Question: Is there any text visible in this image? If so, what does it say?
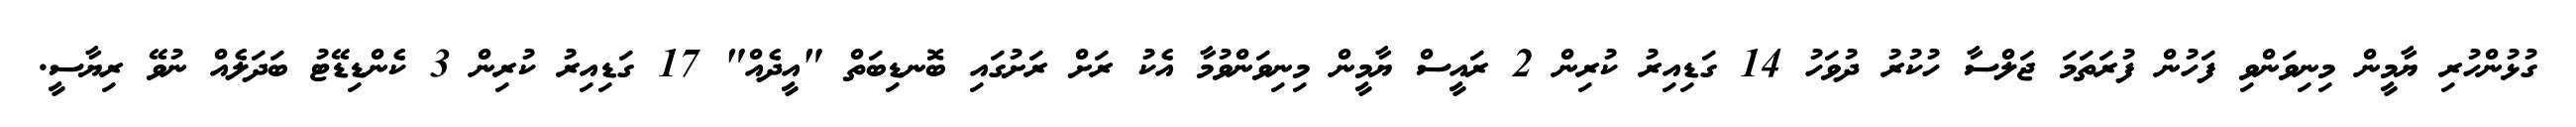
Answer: ގުޅުންހުރި ޔާމީން މިނިވަންވި ފަހުން ފުރަތަމަ ޖަލްސާ ހުކުރު ދުވަހު 14 ގަޑިއިރު ކުރިން 2 ރައީސް ޔާމީން މިނިވަންވުމާ އެކު ރަށް ރަށުގައި ބޮނޑިބަތް "އީދެއް" 17 ގަޑިއިރު ކުރިން 3 ކެންޑިޑޭޓު ބަދަލެއް ނުވޭ ރިޔާސީ.